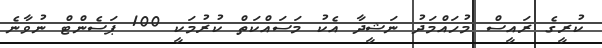
ކުރީގެ ރައީސް މުހައްމަދު ނަޝީދާ އެކު މަސައްކަތް ކުރުމަކީ 100 ޕަސެންޓް ނުވާނެ